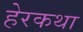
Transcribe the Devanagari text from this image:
हेरकथा